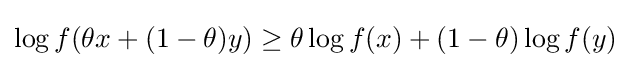
\log f(\theta x+(1-\theta )y)\geq \theta \log f(x)+(1-\theta )\log f(y)